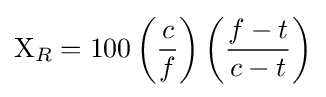
\mathrm {X} _{R}=100\left({\frac {c}{f}}\right)\left({\frac {f-t}{c-t}}\right)